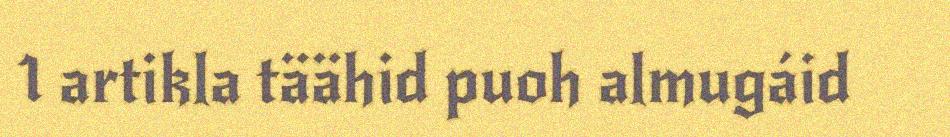
1 artikla täähid puoh almugáid